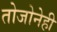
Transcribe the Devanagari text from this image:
तोजोनेही